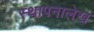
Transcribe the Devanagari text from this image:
स्थापनालेख